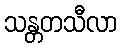
သန္တတသီလာ